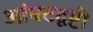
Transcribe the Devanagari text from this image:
आंबटदृष्टी